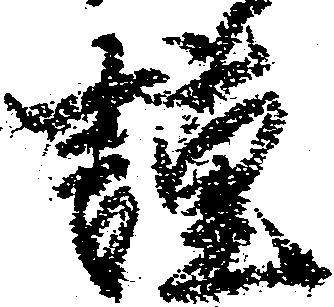
謹